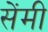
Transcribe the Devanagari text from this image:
सेेंमी